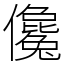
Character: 儳